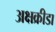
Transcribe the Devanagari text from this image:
अक्षक्रीडा